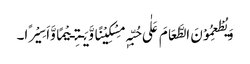
وَیُطْعِمُوْنَ الطَّعَامَ عَلٰی حُبِّہٖ مِسْکِیْنًا وَّیَـتِـیْمًا وَّاَسِیْرًا۔